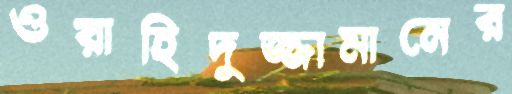
ওয়াহিদুজ্জামানের